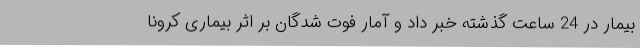
بیمار در 24 ساعت گذشته خبر داد و آمار فوت شدگان بر اثر بیماری کرونا